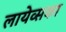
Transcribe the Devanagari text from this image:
लायेव्सका